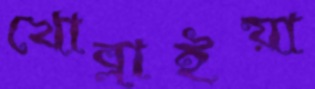
খোব্‌লাইয়া